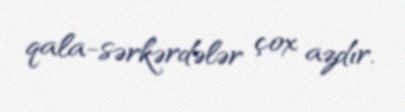
qala-sərkərdələr çox azdır.